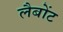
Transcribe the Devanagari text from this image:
लैबोंट